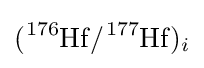
{\ce {(^{176}Hf/^{177}Hf)_i}}